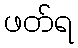
ဖတ်ရ